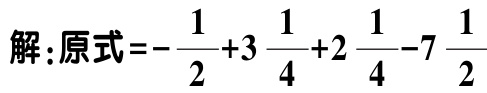
解：原式\(=-\dfrac{1}{2}+3\dfrac{1}{4}+2\dfrac{1}{4}-7\dfrac{1}{2}\)